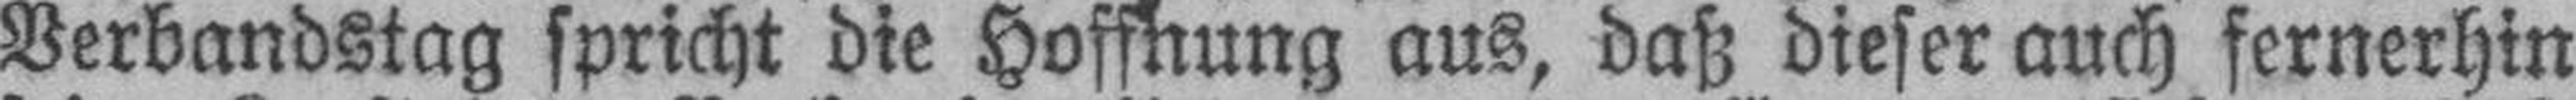
Verbandstag spricht die Hoffnung aus, daß dieser auch fernerhin